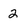
Character: 2